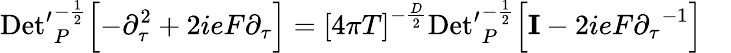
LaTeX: \mathrm{Det^{\prime}}_{P}^{-{\frac{1}{2}}}\Bigl[-{\partial}_{\tau}^{2}+2ieF{\partial}_{\tau}\Bigr]={\lbrack 4\pi T\rbrack}^{-{\frac{D}{2}}}\mathrm{Det^{\prime}}_{P}^{-{\frac{1}{2}}}\Bigl[{\mathbf I}-2ieF{{\partial}_{\tau}}^{-1}\Bigr]\quad